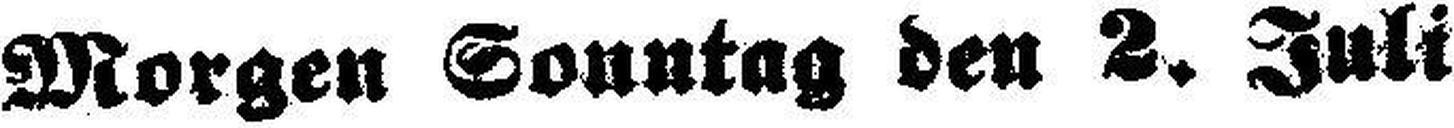
Morgen Sonntag den 2. Juli